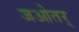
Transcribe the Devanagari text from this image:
जओतर्